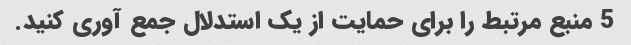
5 منبع مرتبط را برای حمایت از یک استدلال جمع آوری کنید.